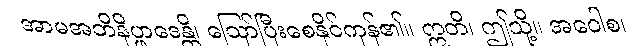
အာမအဘိနိပ္ဖာဒေန္တိ၊ ဩော်ပြီးစေနိုင်ကုန်၏။ ဣတိ၊ ဤသို့။ အဝေါစ၊